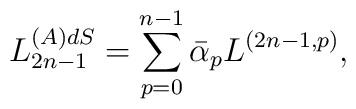
L_{2n-1}^{(A)dS}=\sum_{p=0}^{n-1}\bar{\alpha}_{p}L^{(2n-1,p)},